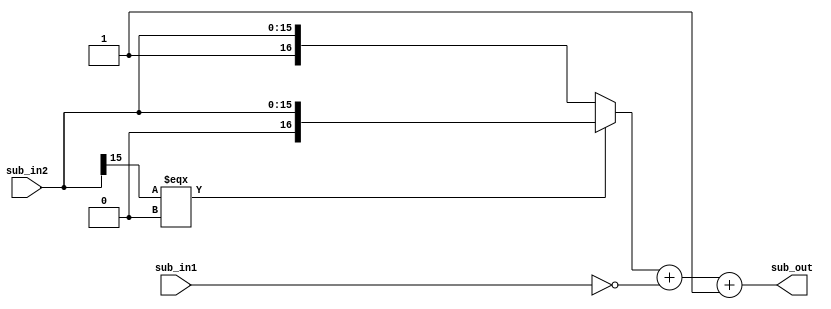
// --------------------------------------------------------------------------------
//  Company: MSI
//  Design Name: 
//  Module Name:    preem_sub - Behavioral 
//  Project Name: 
//  Tool versions: 
//  Description: Thuc hien phep tru giua 2 so co dau
// --------------------------------------------------------------------------------
`define false 1'b 0
`define FALSE 1'b 0
`define true 1'b 1
`define TRUE 1'b 1

`timescale 1 ns / 1 ns // timescale for following modules


module preem_sub (
   sub_in1,
   sub_in2,
   sub_out);
 

input   [16:0] sub_in1; 
input   [15:0] sub_in2; 
output   [16:0] sub_out; 

wire    [16:0] sub_out; 
wire    [16:0] sub_in2_temp; 

assign sub_in2_temp = sub_in2[15] === 1'b 0 ? {1'b 0, sub_in2} : 
	{1'b 1, sub_in2}; 
assign sub_out = sub_in2_temp + ~sub_in1 + 2'b 01; 

endmodule // module preem_sub